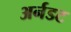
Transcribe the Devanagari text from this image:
अर्नडट